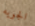
الجويه